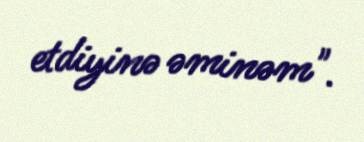
etdiyinə əminəm".